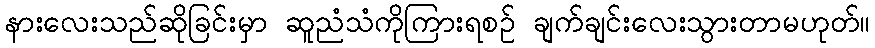
နားလေးသည်ဆိုခြင်းမှာ ဆူညံသံကိုကြားရစဉ် ချက်ချင်းလေးသွားတာမဟုတ်။